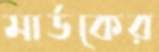
মার্ডকের